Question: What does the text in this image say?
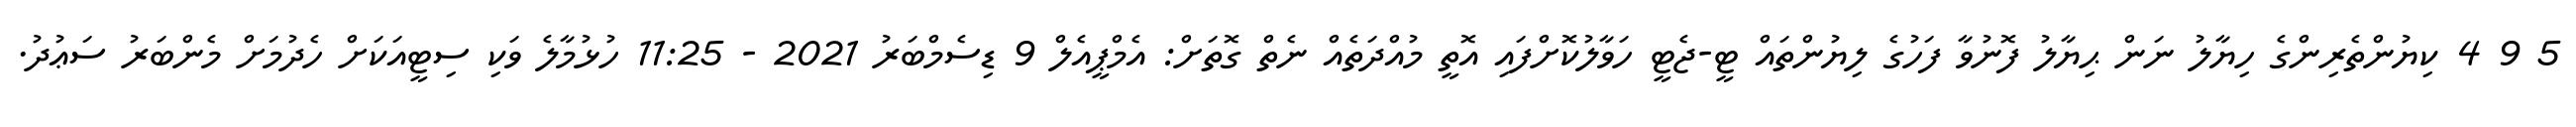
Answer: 5 9 4 ކިޔުންތެރިންގެ ހިޔާލު ނަން ޙިޔާލު ފޮނުވާ ފަހުގެ ލިޔުންތައް ޓީ-ޖެޓީ ހަވާލުކޮށްފައި އޮތީ މުއްދަތެއް ނެތް ގޮތަށް: އެމްޕީއެލް 9 ޑިސެމްބަރު 2021 - 11:25 ހުޅުމާލެ ވަކި ސިޓީއަކަށް ހެދުމަށް މެންބަރު ސަޢުދު.